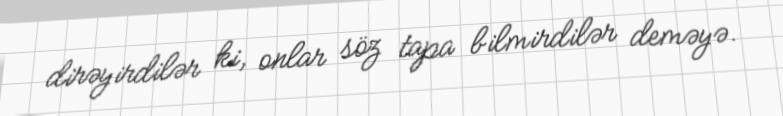
dirəyirdilər ki, onlar söz tapa bilmirdilər deməyə.